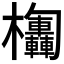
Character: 𣡴